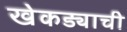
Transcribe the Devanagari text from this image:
खेकड्याची